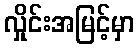
လှိုင်းအမြင့်မှာ